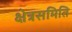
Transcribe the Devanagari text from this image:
क्षेत्रसमिति